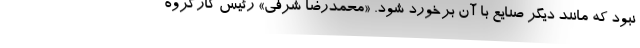
نبود که مانند دیگر صنایع با آن برخورد شود. «محمدرضا شرفی» رئیس کارگروه